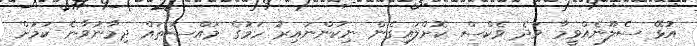
އުޅޭ ސެލޫނެއްވީމާ ވަދެ ވެކްސް ކޮށްލައިގެން ނިކުންނައިރު ހަމުގެ މައްސަތައް ދިމާނުވާނެ ކަމަށް